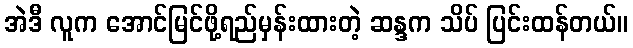
အဲဒီ လူက အောင်မြင်ဖို့ရည်မှန်းထားတဲ့ ဆန္ဒက သိပ် ပြင်းထန်တယ်။